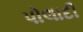
પોલાદી